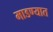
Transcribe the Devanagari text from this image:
माडण्यात